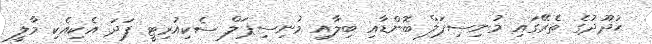
ޙުދޫދުގެ ތެރޭގައި މުނިސިޕަލް ބޮންޑާއި ބިލާއި މުނިސިޕަލް ސެކިއުރިޓީ ފަދަ އެކިއެކި މާލީ